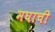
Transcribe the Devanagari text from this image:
मघाची